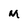
Character: M